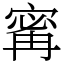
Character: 寗